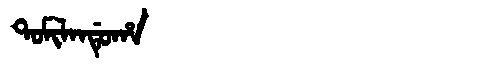
Manchu: ᡨᠣᠮᡳᠯᠠᠨᡩᡠᡥᠠ
Romanization: TOMILANDUHA